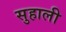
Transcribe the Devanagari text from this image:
सुहाली